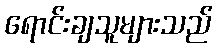
ရောင်းချသူများသည်